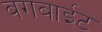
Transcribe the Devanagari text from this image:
बगबाईट